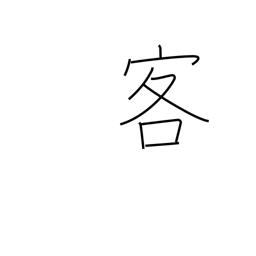
Meaning: customer